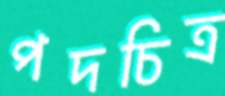
পদচিত্র